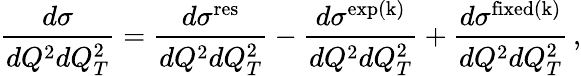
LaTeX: {\frac{d\sigma}{dQ^{2}dQ_{T}^{2}}}={\frac{d\sigma^{\mathrm{res}}}{dQ^{2}dQ_{T}^{2}}}-{\frac{d\sigma^{\mathrm{exp(k)}}}{dQ^{2}dQ_{T}^{2}}}+{\frac{d\sigma^{\mathrm{fixed(k)}}}{dQ^{2}dQ_{T}^{2}}}\, ,